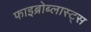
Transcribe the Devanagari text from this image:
फाइब्रोब्लास्ट्स